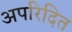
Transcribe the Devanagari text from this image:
अपरिदित